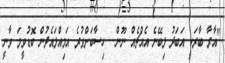
"އާރާ ބާރަކީ އަބަދު ލިބޭނެ އެއްޗެއް ނޫން... ހިސާބަށްވުރެ އަމިއްލައެދުން ބޮޑުވީމަ ވާނީ